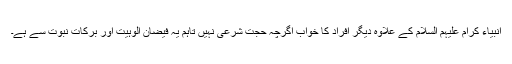
انبیاء کرام علیہم السلام کے علاوہ دیگر افراد کا خواب اگرچہ حجت شرعی نہیں تاہم یہ فیضان الوہیت اور برکات نبوت سے ہے۔